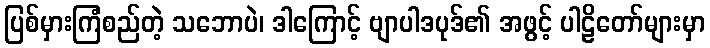
ပြစ်မှားကြံစည်တဲ့ သဘောပဲ၊ ဒါကြောင့် ဗျာပါဒပုဒ်၏ အဖွင့် ပါဠိတော်များမှာ